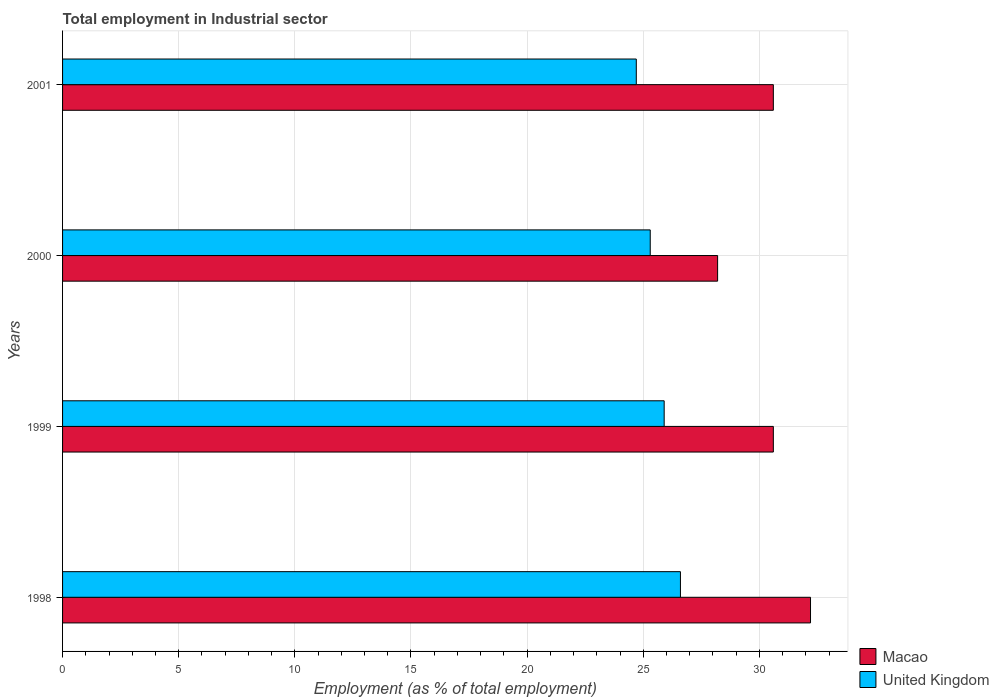
| Years | Macao | United Kingdom |
 | --- | --- | --- |
 | 1998 | 32.2 | 26.6 |
 | 1999 | 30.6 | 25.9 |
 | 2000 | 28.2 | 25.3 |
 | 2001 | 30.6 | 24.7 |